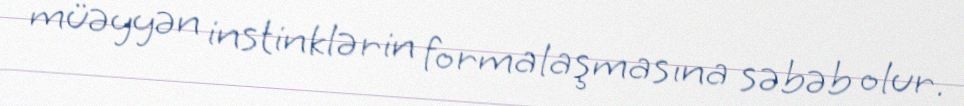
müəyyən instinklərin formalaşmasına səbəb olur.